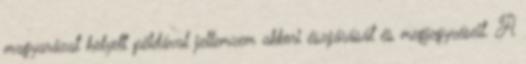
magyarázat helyett példával jellemzem akkori észjárását és megjegyzéseit. A